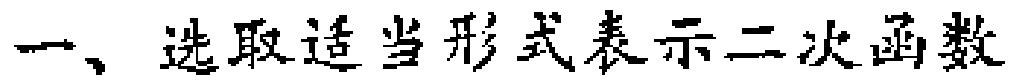
一、选取适当形式表示二次函数